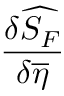
\frac { \delta \widehat { S _ { F } } } { \delta \overline { { { \eta } } } }